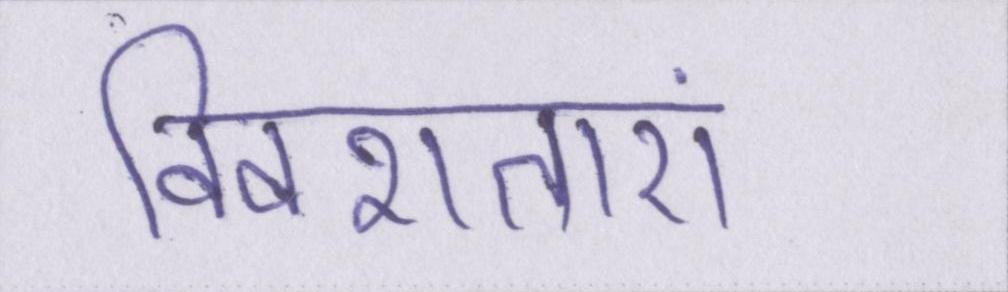
विवशताएं